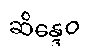
ဆိန္ဒေဝ